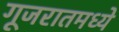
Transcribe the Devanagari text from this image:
गूजरातमध्ये